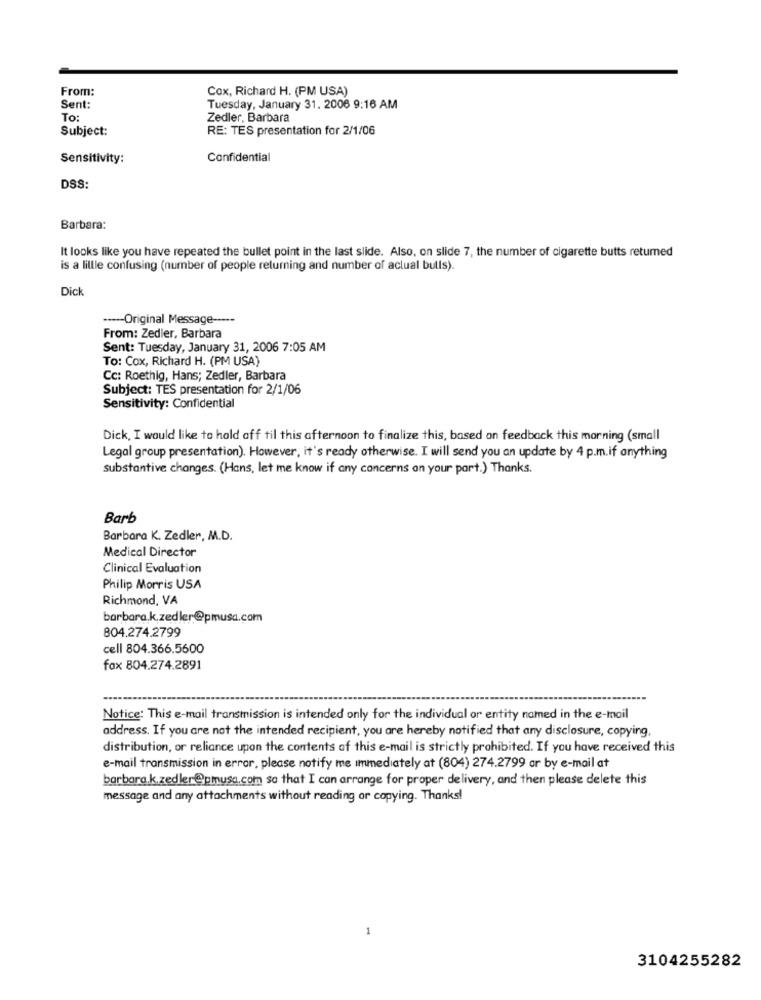
From:
Cox, Richard H. (PM USA)
Sent:
Tuesday, January 31. 2006 9:16 AM
To:
Zedler, Barbara
Subject:
RE: TES presentation for 2/1/06
Sensitivity:
Confidential
DSS:
Barbara:
It looks like you have repeated the bullet point in the last slide. Also, on slide 7, the number of cigarette butts retumed
is a little confusing (number of people returning and number of aclual bulls).
Dick
----- Original Message -----
From: Zedler, Barbara
Sent: Tuesday, January 31, 2006 7:05 AM
To: Cox, Richard H. (PM USA)
Cc: Roethig, Hans; Zedler, Barbara
Subject: TES presentation for 2/1/06
Sensitivity: Confidential
Dick, I would like to hold off til this afternoon to finalize this, based on feedback this morning (small
Legal group presentation). However, it's ready otherwise. I will send you an update by 4 p.m.if anything
substantive changes. (Hans, let me know if any concerns on your part.) Thanks.
Barb
Barbara K. Zedler, M.D.
Medical Director
Clinical Evaluation
Philip Morris USA
Richmond, VA
barbara.k.zedler@pmusa.com
804.274.2799
cell 804.366.5600
fax 804.274.2891
Notice: This e-mail transmission is intended only for the individual or entity named in the e-mail
address. If you are not the intended recipient, you are hereby notified that any disclosure, copying,
distribution, or reliance upon the contents of this e-mail is strictly prohibited. If you have received this
e-mail transmission in error, please notify me immediately at (804) 274.2799 ar by e-mail at
barbara.k.zedler@pmusa.com so that I can arrange for proper delivery, and then please delete this
message and any attachments without reading or copying. Thanks!
3104255282